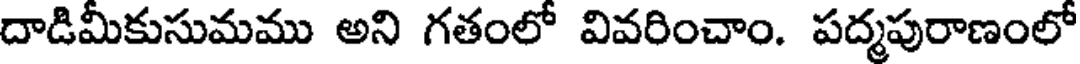
దాడిమీకుసుమము అని గతంలో వివరించాం. పద్మపురాణంలో